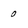
Character: 0